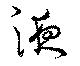
液